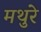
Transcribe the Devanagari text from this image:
मथुरे